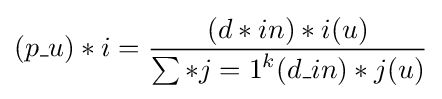
(p\_u)*i={\frac {(d*{in})*i(u)}{\sum *{j=1}^{k}(d\_{in})*j(u)}}